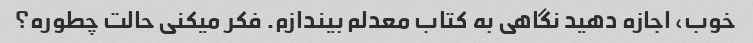
خوب، اجازه دهید نگاهی به کتاب معدلم بیندازم. فکر میکنی حالت چطوره؟